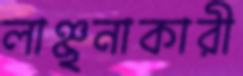
লাঞ্ছনাকারী